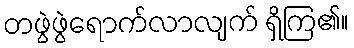
တဖွဲဖွဲရောက်လာလျက် ရှိကြ၏။